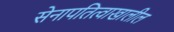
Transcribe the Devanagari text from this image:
सेनापतित्वाखालील